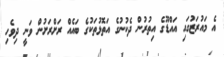
އެ މައުރަޒުގައި އައްޑޫގެ އިތުރުން ދެކުނުގެ އަތޮޅުތަކުގެ ބައެއް ރަށްރަށުން ވަނީ ދިވެހި